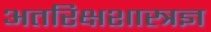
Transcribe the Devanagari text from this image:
अतरिक्षशास्त्रज्ञ